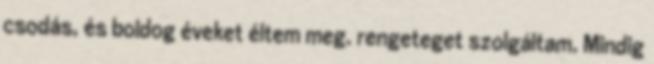
csodás, és boldog éveket éltem meg. rengeteget szolgáltam. Mindig